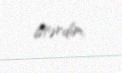
istərdim.